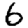
Digit: 6